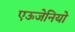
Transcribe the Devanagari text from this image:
एऊजेनियो